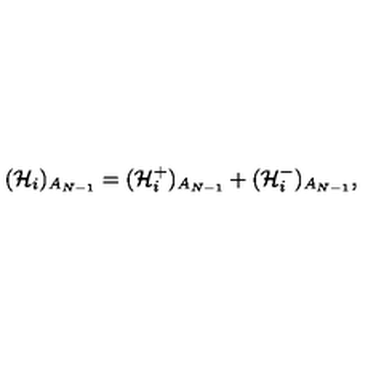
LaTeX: ( \mathcal { H } _ { i } ) _ { A _ { N - 1 } } = ( \mathcal { H } _ { i } ^ { + } ) _ { A _ { N - 1 } } + ( \mathcal { H } _ { i } ^ { - } ) _ { A _ { N - 1 } } ,